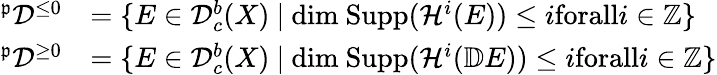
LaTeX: \begin{array}{rl}{^{\mathfrak{p}}\mathcal{D}^{\leq 0}}&{=\{ E\in\mathcal{D}_{c}^{b}(X)\ |\ \mathrm{dim}\ \mathrm{Supp}(\mathcal{H}^{i}(E))\leq i\textrm{forall}i\in\mathbb{Z}\} }\\ {^{\mathfrak{p}}\mathcal{D}^{\geq 0}}&{=\{ E\in\mathcal{D}_{c}^{b}(X)\ |\ \mathrm{dim}\ \mathrm{Supp}(\mathcal{H}^{i}(\mathbb{D}E))\leq i\textrm{forall}i\in\mathbb{Z}\} }\end{array}